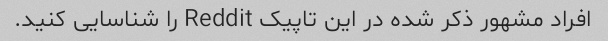
افراد مشهور ذکر شده در این تاپیک Reddit را شناسایی کنید.